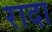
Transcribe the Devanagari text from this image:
रादा